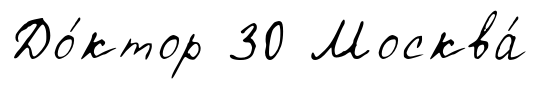
До́ктор 30 Москва́